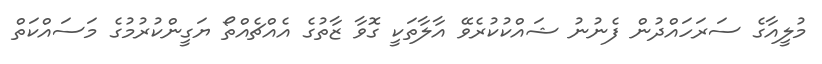
މުލީއާގެ ސަރަހައްދުން ފެނުނު ޝައްކުކުރެވޭ އާލާތަކީ ގޮވާ ޒާތުގެ އެއްޗެއްތޯ ޔަގީންކުރުމުގެ މަސައްކަތް